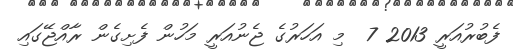
ފެބުރުއަރީ 2013 7  މި އަހަރުގެ ޖެނުއަރީ މަހުން ފެށިގެން ރާއްޖޭގައި